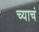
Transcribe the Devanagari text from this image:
च्याचं